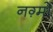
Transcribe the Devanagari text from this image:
नग़्मों